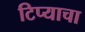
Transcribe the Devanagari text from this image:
टिप्याचा